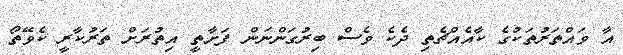
އާ ވައްތަރުތަކުގެ ކާއެއްޗެތި ދެކެ ވެސް ބިރުގަންނަން ފަށާތީ އިތުރަށް ތަރުކާރީ ކެވޭތޯ